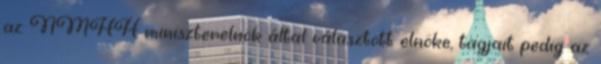
az NMHH miniszterelnök által választott elnöke, tagjait pedig az